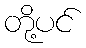
တို့ပင်